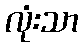
လုံးသာ